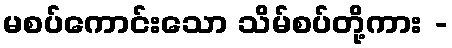
မစပ်ကောင်းသော သိမ်စပ်တို့ကား -